Lunatic asylums United Provinces 1909-1921 - 1909-1921
Year: 1909
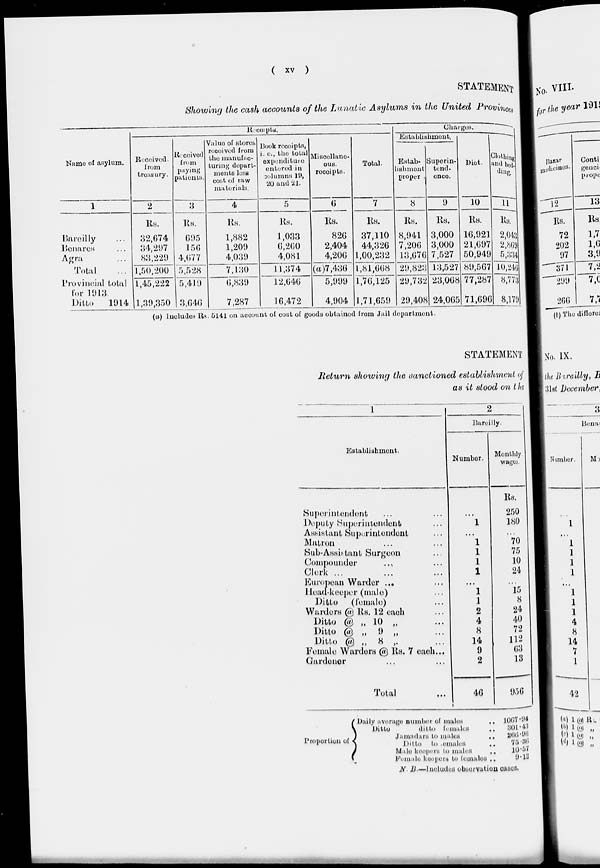
( xv )
STATEMENT
Showing the cash accounts of the Lunatic Asylums in the United Provinces
Name of asylum.
1
Bareilly ...
Benares ...
Agra ...
Total ...
Provincial total
for 1913.
Ditto
1914
Receipts.
Received.
from
treasury.
2
Rs.
32,674
34,297
83,229
1,50,200
1,45,222
1,39,350
Received
from
paying
patients.
3
Rs.
695
156
4,677
5,528
5,419
3,646
Value of stores
received from
the manufac-
turing derpart-
ments less
cost of raw
materials.
4
Rs.
1,882
1,209
4,039
7,130
6,839
7,287
Book receipts,
i. e., the total
expenditure
entered in
columns19,
20 and 21.
5
Rs.
1,033
6,260
4,081
11,374
12,646
16,472
Miscellane-
ous.
receipts.
6
Rs.
826
2,404
4,206
(a)7,436
5,999
4,904
Total.
7
Rs.
37,110
44,326
1,00,232
1,81,668
1,76,125
1,71,659
Charges.
Establishment.
Estab-
lishment
proper
8
Rs.
8,941
7,206
13,676
29,823
29,732
20,408
Super in-
tend-
ence.
9
Rs.
3,000
3,000
7,527
13,527
23,068
24,065
Diet.
10
Rs.
16,921
21,697
50,949
89,567
77,287
71,696
Clothing
and bed-
ding.
11
Rs.
2,043
2,869
5,334
10,246
8,773
8,179
(a) Includes Rs. 5141 on account of cost of goods obtained from Jail department.
STATEMENT
Return showing the sanctioned establishment of
as it stood on the
1
Establishment.
Superintendent ... ...
Deputy Superintendent ...
Assistant Superintendent ...
Matron ... ...
Sub-Assistant Surgeon ...
Compounder ... ...
Clerk ... ... ...
European Warder ... ...
Head-keeper (male) ...
Ditto
(female) ...
Warders @ Rs. 12 each ...
Ditto @ „ 10 „ ...
Ditto @ „ 9 „ ...
Ditto @ „ 8 ,. ...
Female Warders @ Rs. 7 each...
Gardener ... ...
Total ..
2
Bareilly.
Number.
...
1
...
1
1
1
1
...
1
1
2
4
8
14
9
2
46
Monthly
wages.
Rs.
250
180
...
70
75
10
24
...
15
8
24
40
72
112
63
13
956
Proportion of
Daily average number of males
Ditto
ditto
females
Jamadars to
males
..
Ditto
to
females
..
Male keepers to males ..
Female
keepers
to females ..
1067.94
301.43
266.98
75.36
10.57
9.13
N. B.—Included observation cases.